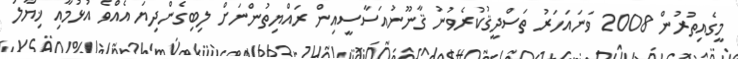
މީގެއިތުރުން 2008 ވަނައަހަރު ތަސްދީޤުކުރެވުނު ޤާނޫނުއަސާސީއިން ރައްޔިތުންނަށް ލިބިގެންދިޔަ އެއްވެ އުޅުމާއި ޚިޔާލު